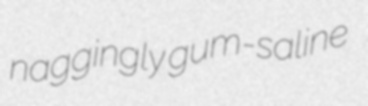
naggingly gum-saline